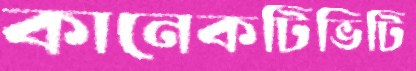
কানেকটিভিটি